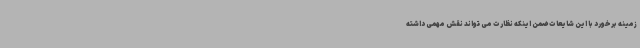
زمینه برخورد با این شایعات ضمن اینکه نظارت می تواند نقش مهمی داشته